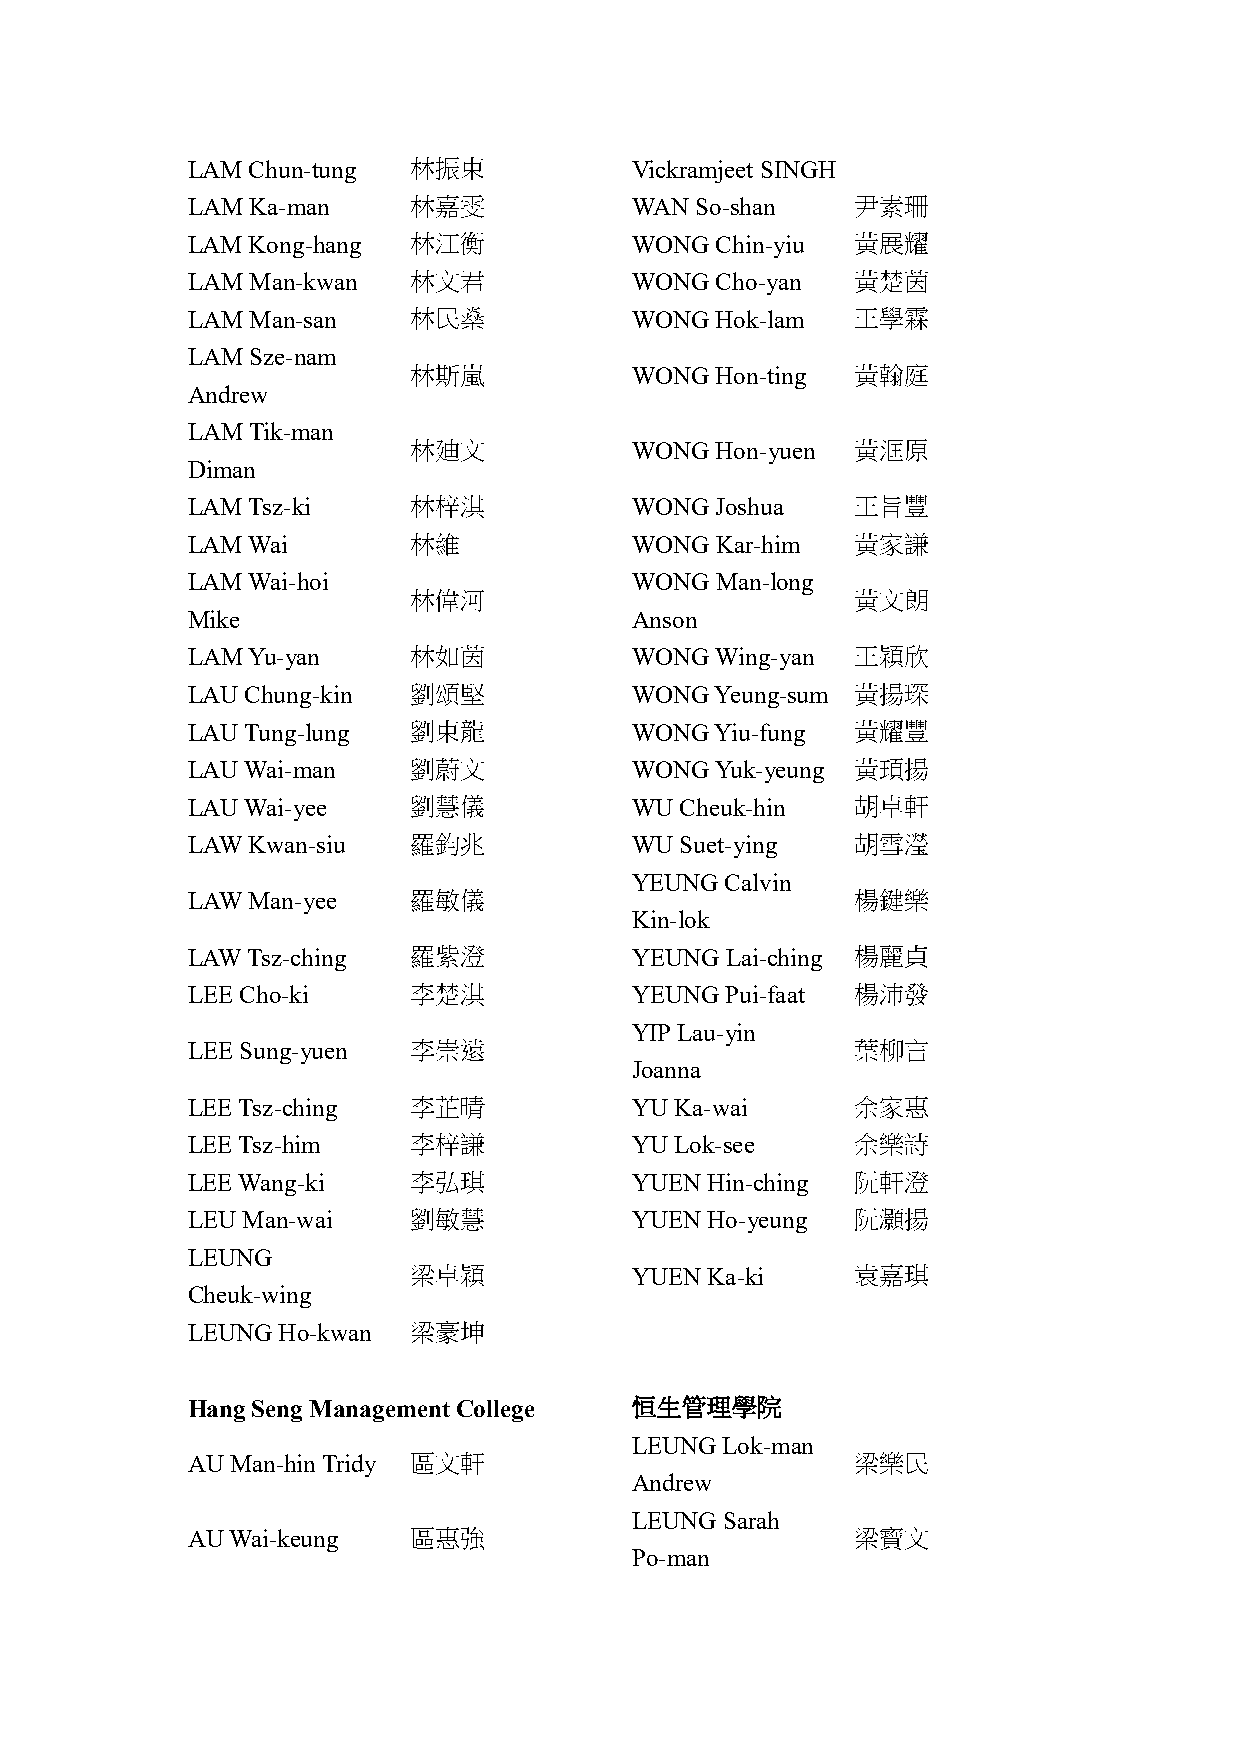
LAM Chun-tung  林振東            Vickramjeet SINGH
 LAM Ka-man     林嘉雯            WAN So-shan    尹素珊
 LAM Kong-hang  林江衡            WONG Chin-yiu  黃展耀
 LAM Man-kwan   林文君            WONG Cho-yan   黃楚茵
 LAM Man-san    林民燊            WONG Hok-lam   王學霖
 LAM Sze-nam
 林斯嵐            WONG Hon-ting  黃翰庭
 Andrew
 LAM Tik-man
 林廸文            WONG Hon-yuen  黃洭原
 Diman
 LAM Tsz-ki     林梓淇            WONG Joshua    王旨豐
 LAM Wai        林維             WONG Kar-him   黃家謙
 LAM Wai-hoi                   WONG Man-long
 林偉河                           黃文朗
 Mike                          Anson
 LAM Yu-yan     林如茵            WONG Wing-yan  王穎欣
 LAU Chung-kin  劉頌堅            WONG Yeung-sum 黃揚琛
 LAU Tung-lung  劉東龍            WONG Yiu-fung  黃耀豐
 LAU Wai-man    劉蔚文            WONG Yuk-yeung 黃頊揚
 LAU Wai-yee    劉慧儀            WU Cheuk-hin   胡卓軒
 LAW Kwan-siu   羅鈞兆            WU Suet-ying   胡雪瀅
 YEUNG Calvin
 LAW Man-yee    羅敏儀                           楊鍵樂
 Kin-lok
 LAW Tsz-ching  羅紫澄            YEUNG Lai-ching 楊麗貞
 LEE Cho-ki     李楚淇            YEUNG Pui-faat 楊沛發
 YIP Lau-yin
 LEE Sung-yuen  李崇遠                           葉柳言
 Joanna
 LEE Tsz-ching  李芷晴            YU Ka-wai      余家惠
 LEE Tsz-him    李梓謙            YU Lok-see     余樂詩
 LEE Wang-ki    李弘琪            YUEN Hin-ching 阮軒澄
 LEU Man-wai    劉敏慧            YUEN Ho-yeung  阮灝揚
 LEUNG
 梁卓穎            YUEN Ka-ki     袁嘉琪
 Cheuk-wing
 LEUNG Ho-kwan  梁豪坤
 Hang Seng Management College  恒生管理學院
 LEUNG Lok-man
 AU Man-hin Tridy 區文軒                         梁樂民
 Andrew
 LEUNG Sarah
 AU Wai-keung   區惠強                           梁寶文
 Po-man